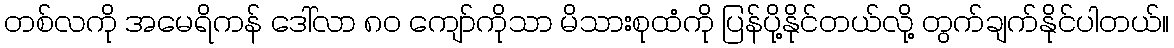
တစ်လကို အမေရိကန် ဒေါ်လာ ၈၀ ကျော်ကိုသာ မိသားစုထံကို ပြန်ပို့နိုင်တယ်လို့ တွက်ချက်နိုင်ပါတယ်။